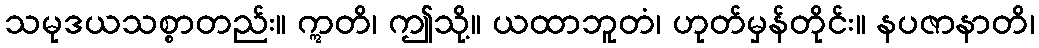
သမုဒယသစ္စာတည်း။ ဣတိ၊ ဤသို့။ ယထာဘူတံ၊ ဟုတ်မှန်တိုင်း။ နပဇာနာတိ၊